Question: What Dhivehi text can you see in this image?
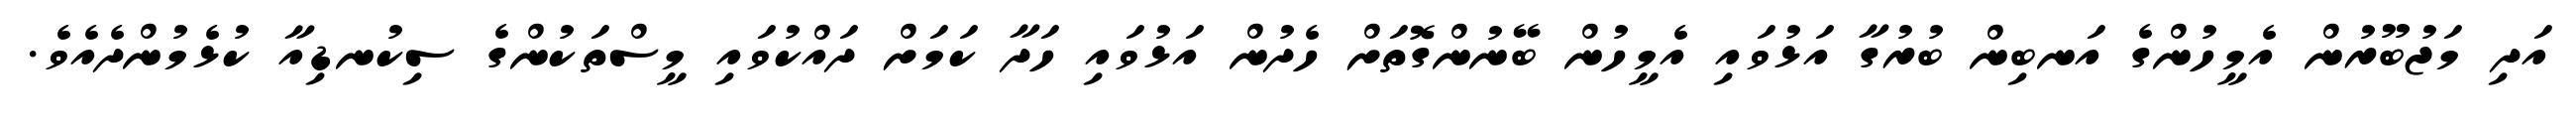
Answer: އަދި މަޖުބޫރުން އެމީހުންގެ އަނބިން ބުރުގާ އަޅުވައި އެމީހުން ބޭނުންގޮތަށް ހެދުން އަޅުވައި ހަދާ ކަމަށް ދައްކުވައި މީސްތަކުންގެ ސިކުނޑިއާ ކުޅެމުންދެއެވެ.